Civil Veterinary Dept. North-West Frontier Province 1901-22 - 1901-1922
Year: 1901
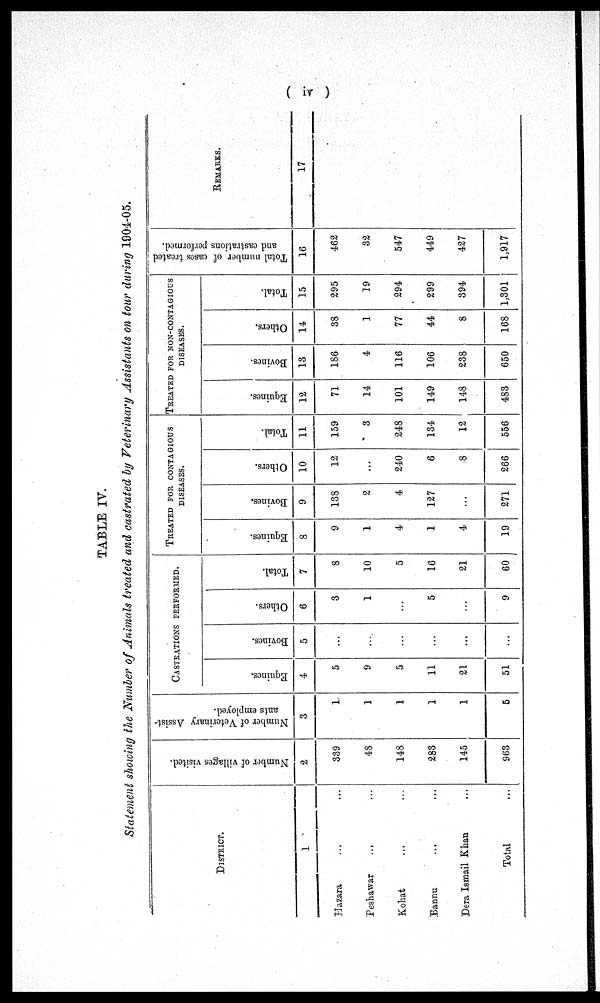
(iv)
TABLE IV.
Statement showing the Number of Animals treated and castrated by Veterinary Assistants on tour during 1904-05.
DISTRICT.
1
Hazara ... ...
Peshawar
Kohat ... ...
Bannu ... ...
Dera Ismail Khan ... ...
Total ...
Number of villages visited.
2
339
48
148
283
145
963
Number of Veterinary Assist-
ants employed.
3
1
1
1
1
1
5
CASTRATION PERFORMED.
Equines.
4
5
9
5
11
21
51
Bovines.
5
...
...
...
...
...
...
Others.
6
3
1
...
5
...
9
Total.
7
8
10
5
16
21
60
TRATED FOR CONTAGIOUS
DISEASES.
Equines.
8
9
1
4
1
4
19
Bovines.
9
138
2
4
127
...
271
Others.
10
12
...
240
6
8
266
Total.
11
159
3
248
134
12
556
TREATED FOR NON-CONTAGIOUS
DISEASES.
Equines.
12
71
14
101
149
148
483
Bovines.
13
186
4
116
106
238
650
Others.
14
38
1
77
44
8
168
Total.
15
295
19
294
299
394
1,301
Total number of cases treated
and castrations performed.
16
462
32
547
449
427
1,917
REMARKS.
17